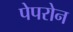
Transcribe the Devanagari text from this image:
पेपरोन